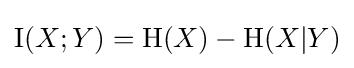
\operatorname {I} (X;Y)=\operatorname {H} (X)-\operatorname {H} (X|Y)